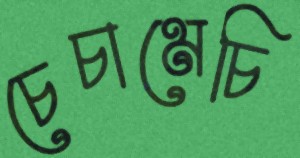
চেচামেচি